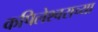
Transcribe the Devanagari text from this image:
कपिलेश्वराच्या